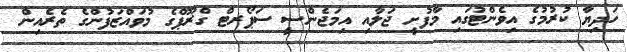
ހަދިޔާ ކުރުމުގެ އިވެންޓުގައި މާފުށީ ޖަލާއި އިމަޖެންސީ ސަޕޯރޓް ގްރޫޕްގެ މުވައްޒަފުންގެ ތެރެއިން